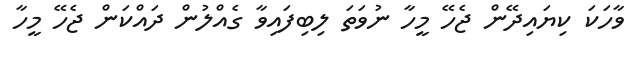
ވާހަކަ ކިޔައިދޭން ޖެހޭ މީހާ ނުވަތަ ލިބިފައިވާ ގެއްލުން ދައްކަން ޖެހޭ މީހާ